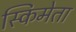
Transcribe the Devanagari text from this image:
स्किमेता